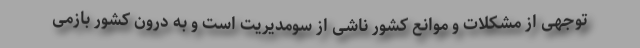
توجهی از مشکلات و موانع کشور ناشی از سومدیریت است و به درون کشور بازمی